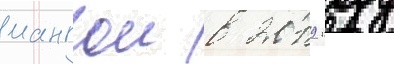
мангои в 2019 году